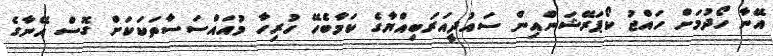
އޭނާ ހޯދުމަށް ހައްޖު ކޯޕަރޭޝަންއިން ސައުދީއަރަބިއްޔާގެ ކަމާބެހޭ ހުރިހާ މުއައްސަސާތަކަކަށް ގޮސް އޭނާގެ